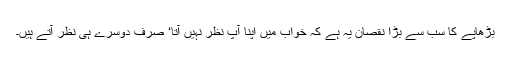
بڑھاپے کا سب سے بڑا نقصان یہ ہے کہ خواب میں اپنا آپ نظر نہیں آتا‘ صرف دوسرے ہی نظر آتے ہیں۔